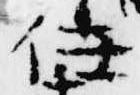
任